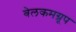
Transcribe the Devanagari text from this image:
वेलकमग्रूप